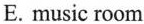
E.music room